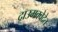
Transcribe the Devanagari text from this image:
द्राउमक्वेदेत